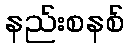
နည်းစနစ်